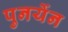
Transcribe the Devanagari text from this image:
पुनर्येन